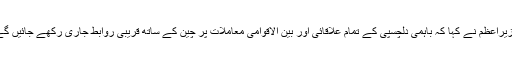
وزیراعظم نے کہا کہ باہمی دلچسپی کے تمام علاقائی اور بین الاقوامی معاملات پر چین کے ساتھ قریبی روابط جاری رکھے جائیں گے۔